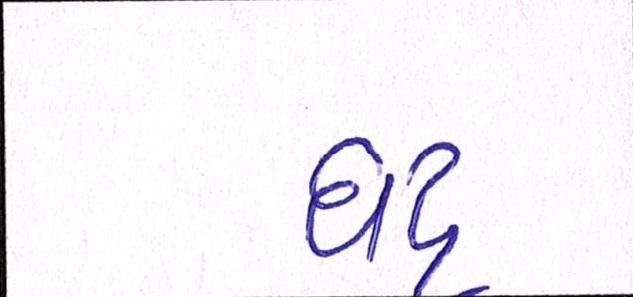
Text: ઘટ્ટ